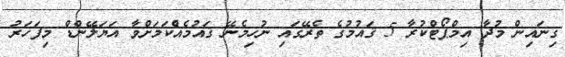
ގިނައިން މުދާ އިމްޕޯޓްކުރާ 5 ޤައުމުގެ ތެރޭގައި ނުހިމެނޭ ޤައުމެއެްކަމަށްވާ އަޔަލޭންޑް މިފަހަރު